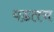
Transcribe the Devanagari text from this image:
पडतच